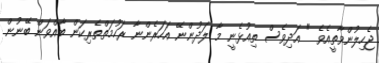
ޖެހިލުންވާތީއެވެ " އަދިވެސް ތިއުޅެނީ މާ ލަދުންނޭ އަހަރެންނާ ރަހުމަތްތެރިކަން ބާއްވަން ބޭނުން